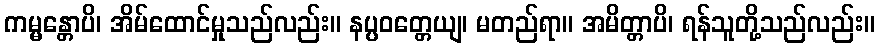
ကမ္မန္တောပိ၊ အိမ်ထောင်မှုသည်လည်း။ နပ္ပဝတ္တေယျ၊ မတည်ရာ။ အမိတ္တာပိ၊ ရန်သူတို့သည်လည်း။